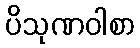
ပိသုဏဝါစာ